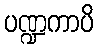
ပဏ္ဍကာပိ